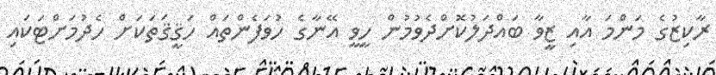
ރާކިޒުގެ މަންމަ އާއި ޒީވާ ބައްދަލުކޮށްދެވުމުން ހީވީ އޭނާގެ ހުވަފެންތައް ހަޤީޤަތަކަށް ހެދުމަށްޓަކައި